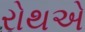
રોથએ